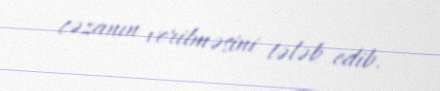
cəzanın verilməsini tələb edib.